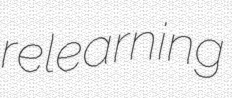
relearning